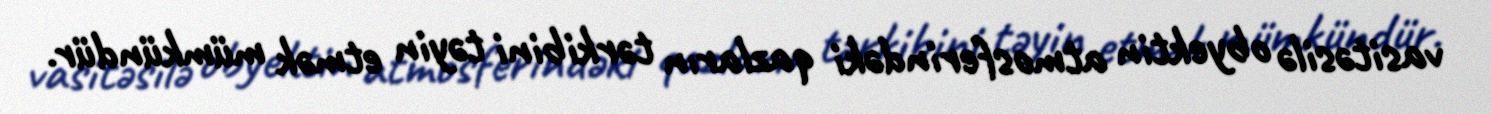
vasitəsilə obyektin atmosferindəki qazların tərkibini təyin etmək mümkündür.